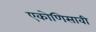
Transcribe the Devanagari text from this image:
एकोणिसावी